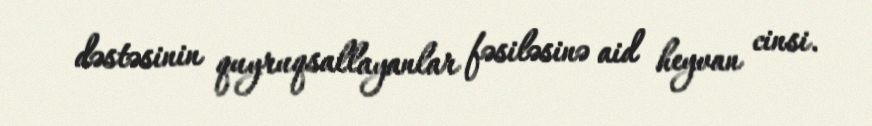
dəstəsinin quyruqsallayanlar fəsiləsinə aid heyvan cinsi.